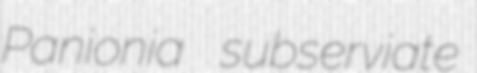
Panionia subserviate